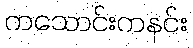
ကသောင်းကနင်း